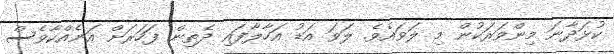
ކުޅަދާނަ މިންވަރަކުން މި ލަވައެވެ. ލަވަ އަޑު އަހާލާފައި ދެތިން ފަހަރަށް އަނެއްކާވެސް